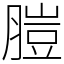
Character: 䐩